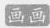
画画